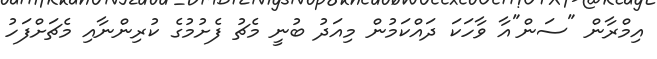
އިމްރާން "ސަން"އާ ވާހަކަ ދައްކަމުން މިއަދު ބުނީ މެޗު ފެށުމުގެ ކުރިންނާއި މެޗަށްފަހު